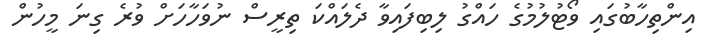
އިންތިހާބުގައި ވޯޓުލުމުގެ ހައްގު ލިބިފައިވާ ދެލައްކަ ތިރީސް ނުވަހާހަށް ވުރެ ގިނަ މީހުން